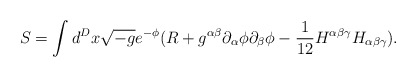
\begin{align*}S=\int d^Dx\sqrt{-g}e^{-\phi }(R+g^{\alpha \beta }\partial _\alpha \phi\partial _\beta \phi -\frac 1{12}H^{\alpha \beta \gamma }H_{\alpha \beta\gamma }).\end{align*}